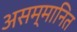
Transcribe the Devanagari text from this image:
असम्मानित